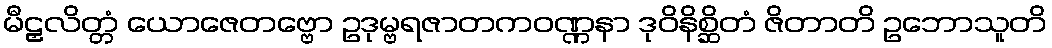
မီဠှလိတ္တံ ယောဇေတဗ္ဗော ဥဒုမ္ဗရဇာတကဝဏ္ဏနာ ဒုဝိနိစ္ဆိတံ ဇိတာတိ ဥဘောသူတိ